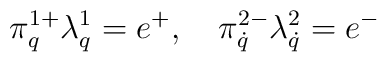
\pi^{1+}_{q}\lambda^1_q=e^+,\quad\pi^{2-}_{\dot q}\lambda^2_{\dot q}=e^-